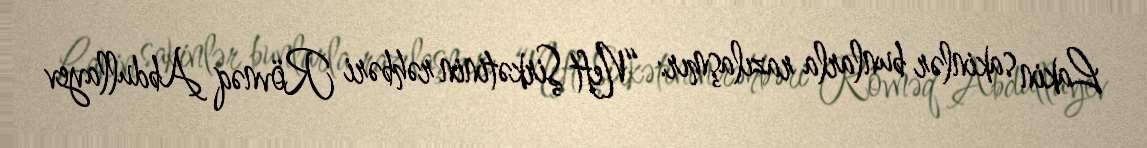
Lakin sakinlər bunlarla razılaşmır: “Neft Şirkətinin rəhbəri Rövnəq Abdullayev